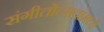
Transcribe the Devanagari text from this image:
संगीतोत्सवांमध्ये